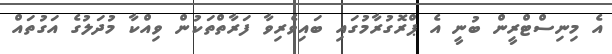
އެ މިނިސްޓްރީން ބުނީ އެ ޕްރޮގުރާމުގައި ބައިވެރިވާ ފަރާތްތަކުން ވިއްކާ މުދަލުގެ އަގުތައް